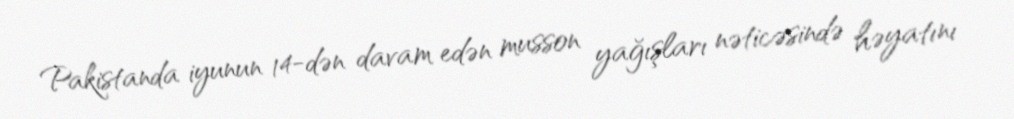
Pakistanda iyunun 14-dən davam edən musson yağışları nəticəsində həyatını